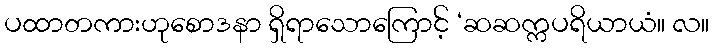
ပထာတကားဟုစောဒနာ ရှိရာသောကြောင့် ‘ဆဆက္ကပရိယာယံ။ လ။